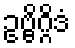
ဥဗ္ဗိဂ္ဂိဒံ